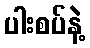
ပါးစပ်နဲ့